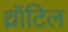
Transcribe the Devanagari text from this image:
थ्रॉटिल